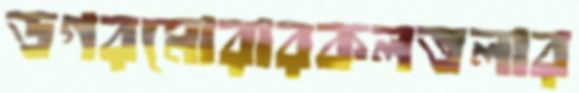
ডগরমোরারকলতলার